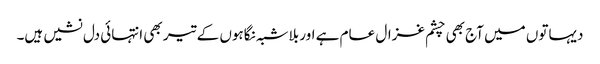
دیہاتوں میں آج بھی چشم غزال عام ہے اور بلاشبہ نگاہوں کے تیر بھی انتہائی دل نشیں ہیں۔